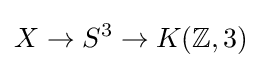
X\to S^{3}\to K(\mathbb {Z} ,3)